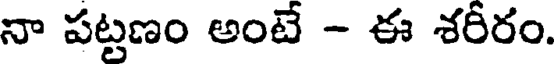
నా పట్టణం అంటే - ఈ శరీరం.